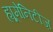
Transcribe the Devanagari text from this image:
ह्यूमेनिटीज़